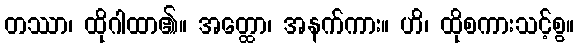
တဿာ၊ ထိုဂါထာ၏။ အတ္ထော၊ အနက်ကား။ ဟိ၊ ထိုစကားသင့်စွ။